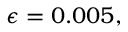
\epsilon = 0 . 0 0 5 ,